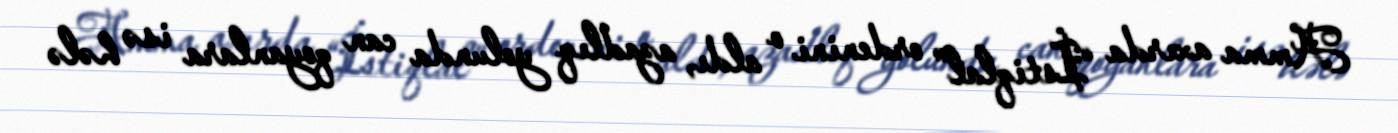
Amma axırda “İstiqlal” ordenini o aldı, azadlıq yolunda can qoyanlara isə hələ